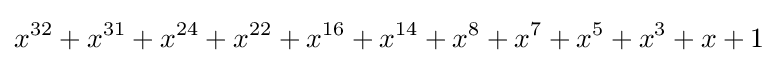
x^{32}+x^{31}+x^{24}+x^{22}+x^{16}+x^{14}+x^{8}+x^{7}+x^{5}+x^{3}+x+1